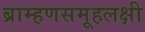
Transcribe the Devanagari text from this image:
ब्राम्हणसमूहलक्षी